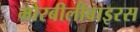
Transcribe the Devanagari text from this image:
मोरबीलीवाइरस